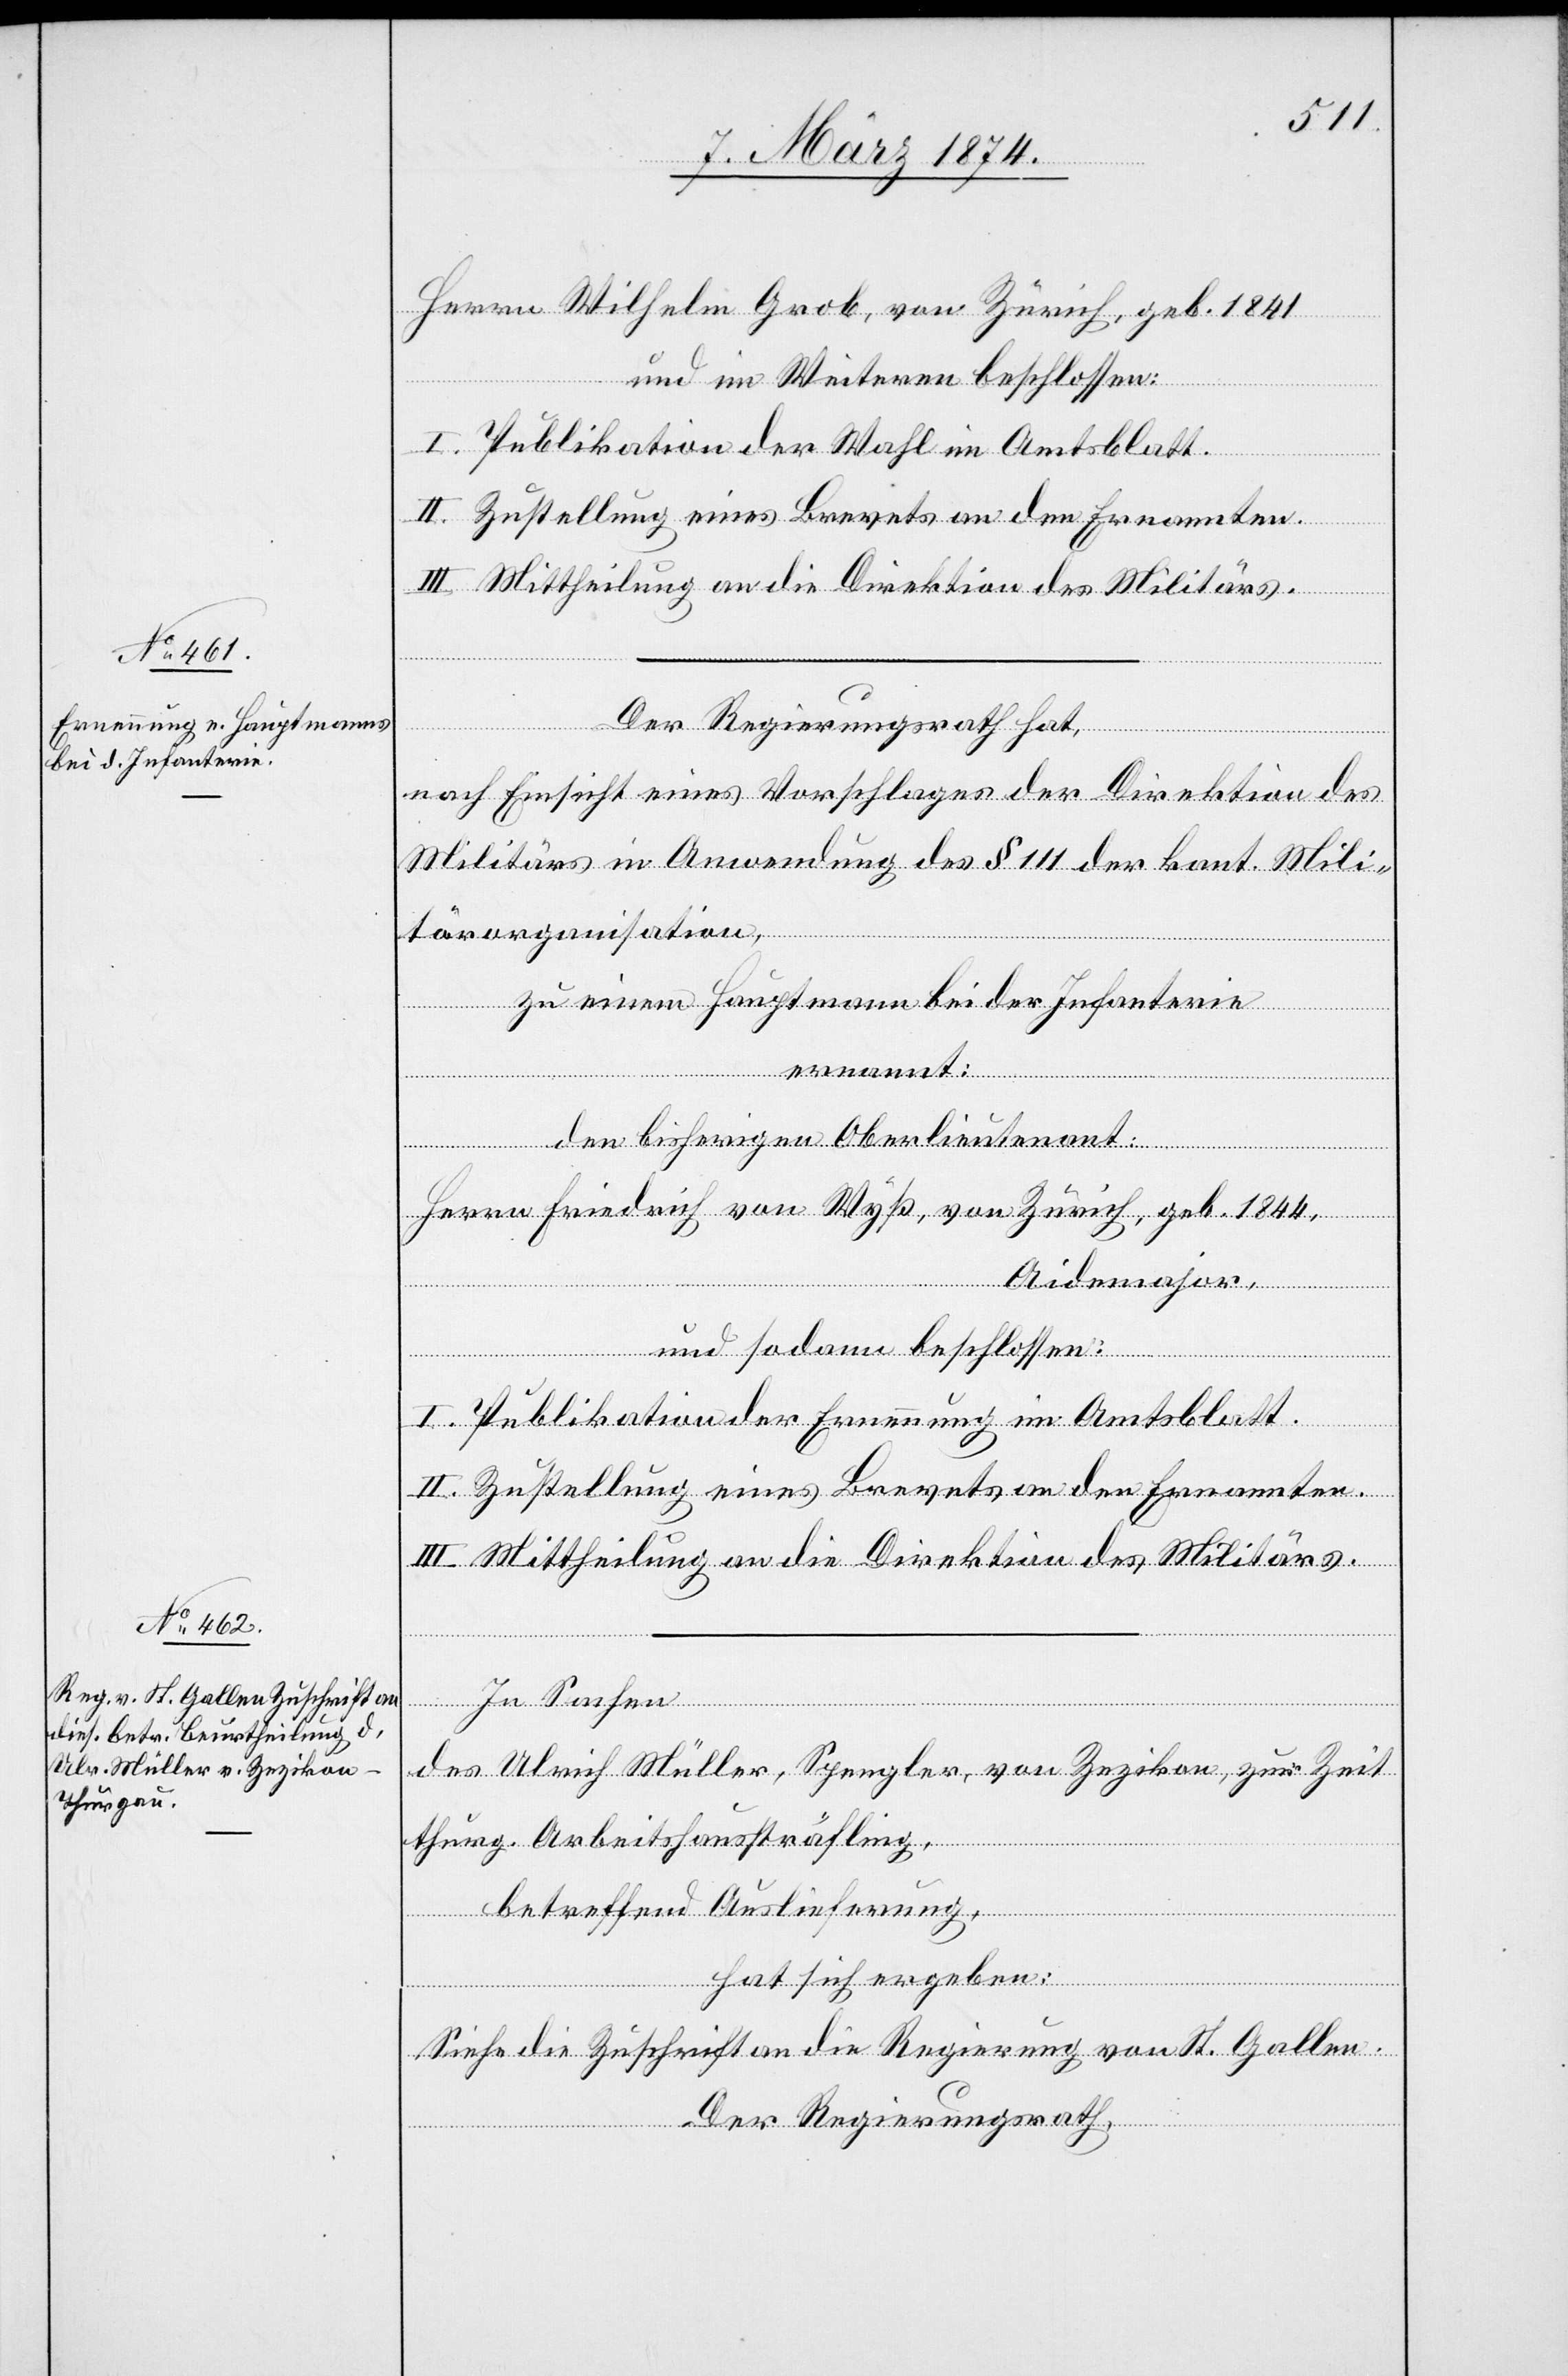
Herrn Willhelm Grob, von Zürich, geb. 1841
und im Weiteren beschlossen:
I. Publikation der Wahl im Amtsblatt.
II. Zustellung eines Brevets an den Ernannten.
III. Mittheilung an die Direktion des Militärs.
Der Regierungsrath hat,
In
nach Einsicht eines Vorschlages der Direktion des
Militärs in Anwendung des § 111 der kant. Mili¬
tärorganisation,
zu einem Hauptmann bei der Infanterie
ernannt:
den bisherigen Oberlieutenant:
Herrn Friedrich von Wyß, von Zürich, geb. 1844,
Sachen
Aidemajor,
und sodann beschlossen:
I. Publikation der Ernennung im Amtsblatt.
II. Zustellung eines Brevets an den Ernannten.
III. Mittheilung an die Direktion des Militärs.
des Ulrich Müller, Spengler, von Zezikon, zur Zeit
thurg. Arbeitshaussträfling,
betreffend Auslieferung,
hat sich ergeben:
Siehe die Zuschrift an die Regierung von St. Gallen.
Der Regierungsrath,